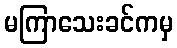
မကြာသေးခင်ကမှ